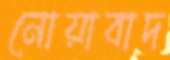
নোয়াবাদ